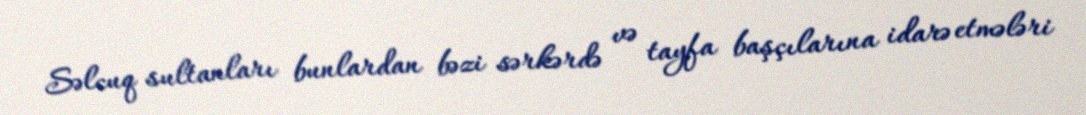
Səlcuq sultanları bunlardan bəzi sərkərdə və tayfa başçılarına idarə etmələri